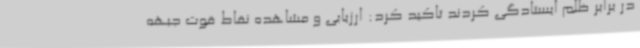
در برابر ظلم ایستادگی کردند تاکید کرد: ارزیابی و مشاهده نقاط قوت جبهه